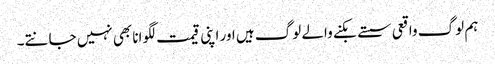
ہم لوگ واقعی سستے بکنے والے لوگ ہیں اور اپنی قیمت لگوانا بھی نہیں جانتے۔